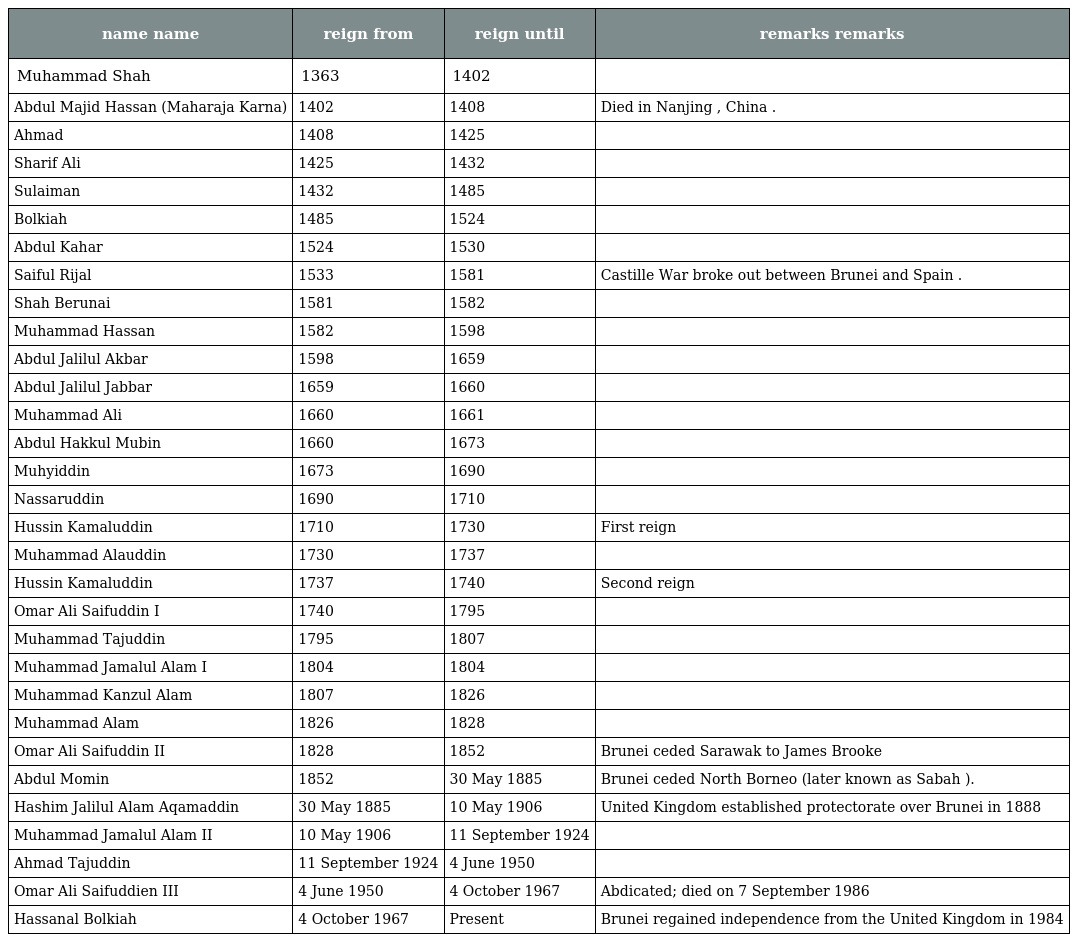
| name name | reign from | reign until | remarks remarks |
 | --- | --- | --- | --- |
 | Muhammad Shah | 1363 | 1402 |  |
 | Abdul Majid Hassan (Maharaja Karna) | 1402 | 1408 | Died in Nanjing , China . |
 | Ahmad | 1408 | 1425 |  |
 | Sharif Ali | 1425 | 1432 |  |
 | Sulaiman | 1432 | 1485 |  |
 | Bolkiah | 1485 | 1524 |  |
 | Abdul Kahar | 1524 | 1530 |  |
 | Saiful Rijal | 1533 | 1581 | Castille War broke out between Brunei and Spain . |
 | Shah Berunai | 1581 | 1582 |  |
 | Muhammad Hassan | 1582 | 1598 |  |
 | Abdul Jalilul Akbar | 1598 | 1659 |  |
 | Abdul Jalilul Jabbar | 1659 | 1660 |  |
 | Muhammad Ali | 1660 | 1661 |  |
 | Abdul Hakkul Mubin | 1660 | 1673 |  |
 | Muhyiddin | 1673 | 1690 |  |
 | Nassaruddin | 1690 | 1710 |  |
 | Hussin Kamaluddin | 1710 | 1730 | First reign |
 | Muhammad Alauddin | 1730 | 1737 |  |
 | Hussin Kamaluddin | 1737 | 1740 | Second reign |
 | Omar Ali Saifuddin I | 1740 | 1795 |  |
 | Muhammad Tajuddin | 1795 | 1807 |  |
 | Muhammad Jamalul Alam I | 1804 | 1804 |  |
 | Muhammad Kanzul Alam | 1807 | 1826 |  |
 | Muhammad Alam | 1826 | 1828 |  |
 | Omar Ali Saifuddin II | 1828 | 1852 | Brunei ceded Sarawak to James Brooke |
 | Abdul Momin | 1852 | 30 May 1885 | Brunei ceded North Borneo (later known as Sabah ). |
 | Hashim Jalilul Alam Aqamaddin | 30 May 1885 | 10 May 1906 | United Kingdom established protectorate over Brunei in 1888 |
 | Muhammad Jamalul Alam II | 10 May 1906 | 11 September 1924 |  |
 | Ahmad Tajuddin | 11 September 1924 | 4 June 1950 |  |
 | Omar Ali Saifuddien III | 4 June 1950 | 4 October 1967 | Abdicated; died on 7 September 1986 |
 | Hassanal Bolkiah | 4 October 1967 | Present | Brunei regained independence from the United Kingdom in 1984 |